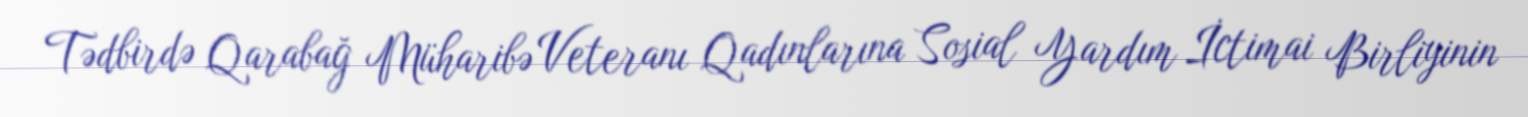
Tədbirdə Qarabağ Müharibə Veteranı Qadınlarına Sosial Yardım İctimai Birliyinin